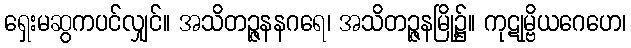
ရှေးမဆွကပင်လျှင်။ အသိတဉ္ဇနနဂရေ၊ အသိတဉ္ဇနမြို့၌။ ကုဋုမ္ဗိယဂေဟေ၊